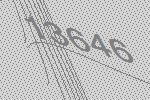
13646